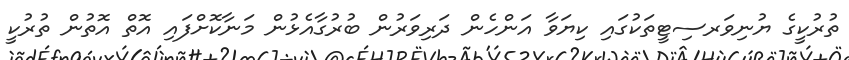
ތުރުކީގެ ޔުނިވަރސިޓީތަކުގައި ކިޔަވާ އަންހެން ދަރިވަރުން ބުރުގާއެޅުން މަނާކޮށްފައި އޮތް އޮތުން ތުރުކީ